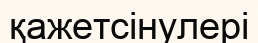
қажетсінулері